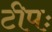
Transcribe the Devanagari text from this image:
टीपः